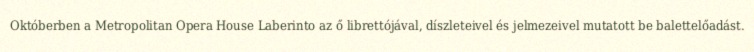
Októberben a Metropolitan Opera House Laberinto az ő librettójával, díszleteivel és jelmezeivel mutatott be balettelőadást.